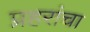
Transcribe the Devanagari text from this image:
प्रहरांचा